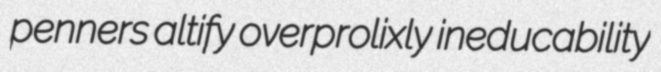
penners altify overprolixly ineducability